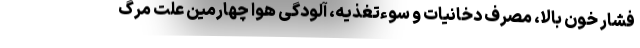
فشار خون بالا، مصرف دخانیات و سوءتغذیه، آلودگی هوا چهارمین علت مرگ